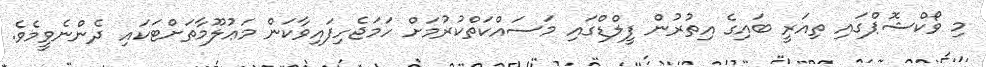
މި ވޯކްޝޮޕްގައި ތިއަރީ ބައިގެ އިތުރުން ފީލްޑްގައި މަސައްކަތްކުރުމަށް ހަމަޖެހިފައިވާކަން މަޢުލޫމާތަށްޓަކައި ދެންނެވީމެވެ.